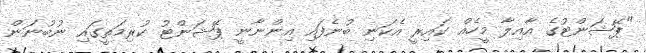
"ޕޭޝަންޓުގެ އާއިލާ މީހެއް ކައިރީ އެކަނި ބުނެފައި އިންނާނީ ޕޭޝަންޓު ކުރިމަތީގައި ނުބުނަން